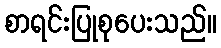
စာရင်းပြုစုပေးသည်။